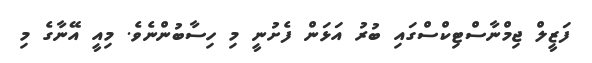
ފަޒީލް ޖިމްނާސްޓިކްސްގައި ބުރު އަޅަން ފެށުނީ މި ހިސާބުންނެވެ. މިއީ އޭނާގެ މި